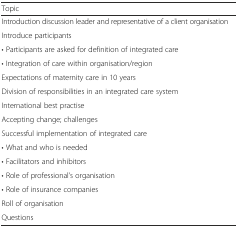
| Topic |
 | --- |
 | Introduction discussion leader and representative of a client organisation |
 | Introduce participants |
 | • Participants are asked for definition of integrated care |
 | • Integration of care within organisation/region |
 | Expectations of maternity care in 10 years |
 | Division of responsibilities in an integrated care system |
 | International best practise |
 | Accepting change; challenges |
 | Successful implementation of integrated care |
 | • What and who is needed |
 | • Facilitators and inhibitors |
 | • Role of professional’s organisation |
 | • Role of insurance companies |
 | Roll of organisation |
 | Questions |